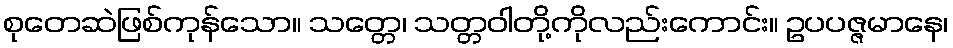
စုတေဆဲဖြစ်ကုန်သော။ သတ္တေ၊ သတ္တဝါတို့ကိုလည်းကောင်း။ ဥပပဇ္ဇမာနေ၊